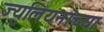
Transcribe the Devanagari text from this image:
ज्युलियनांच्या